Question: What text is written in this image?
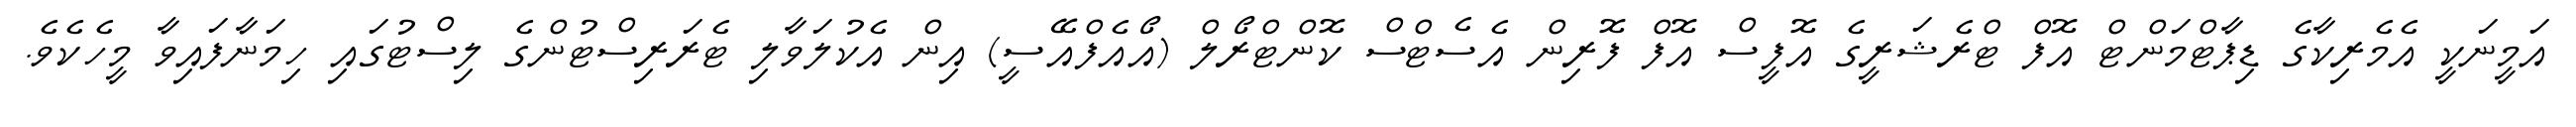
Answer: އަމީނަކީ އެމެރިކާގެ ޑިޕާޓްމަންޓް އޮފް ޓްރެޝަރީގެ އޮފީސް އޮފް ފޮރިން އެސެޓްސް ކޮންޓްރޯލް (އޯއެފްއޭސީ) އިން އެކުލަވާލި ޓެރަރިސްޓުންގެ ލިސްޓުގައި ހިމަނާފައިވާ މީހެކެވެ.